Annual statistical returns and brief notes on vaccination in Bengal - 1909-1929
Year: 1909
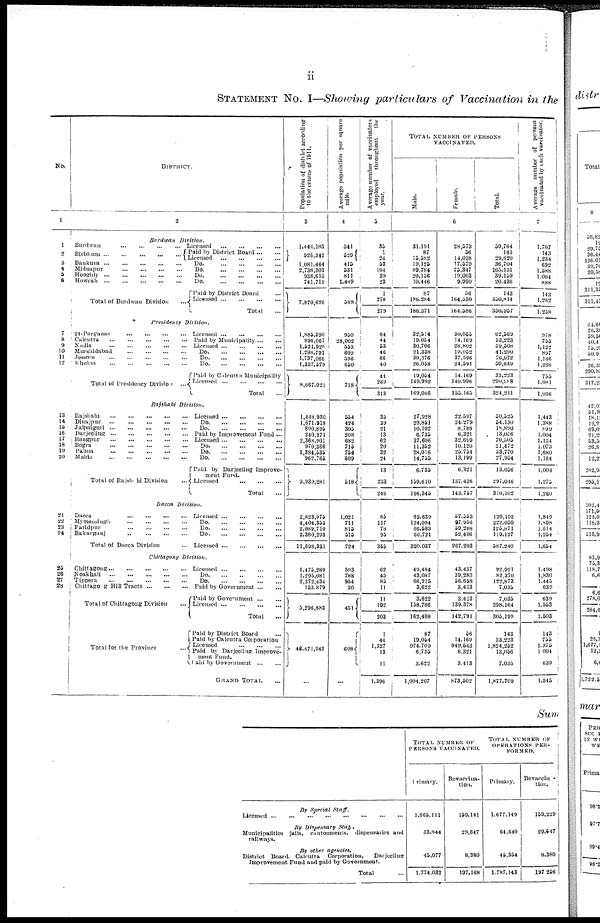
ii
STATEMENT No. I—Showing particulars of Vaccination in the
No.
1
1
2
3
4
5
6
7
8
9
10
11
12
13
14
15
16
17
18
19
20
21
22
23
24
25
26
27
28
DISTRICT.
2
Burdwan
Division.
Burdwan
...
...
...
...
Birbhum
...
...
...
...
...
Bankura
...
...
...
...
...
Midnapur
...
...
...
...
Hooghly
...
...
...
...
...
Howrah
...
...
...
...
...
Total of Burdwan Division
...
Licensed ... ... ... ...
Paid by District Board ... ...
Licensed
...
...
...
...
Do.
...
...
...
...
Do.
...
...
...
...
Do.
...
...
...
...
Do. ... ... ... ...
Paid by District Board ...
Licensed
...
...
...
...
Total ...
Presidency
Division.
24-Pargauas
...
...
...
...
Calcutta
...
...
...
...
...
Nadia
...
...
...
...
...
Murshidabad
...
...
...
...
Jessore
...
...
...
...
...
Khulna
...
...
...
...
...
Total of Presidency Division
...
Licensed
...
...
...
...
Paid by Municipality
...
...
Licensed
...
...
...
...
Do. ... ... ... ...
Do.
...
...
...
...
Do.
...
...
...
...
Paid by Calcutta Municipality
Licensed
...
...
...
...
Total ...
Rajshahi
Division.
Rajshahi
...
...
...
...
...
Dinajpur
...
...
...
...
...
Jalpaiguri
...
...
...
...
...
Darjeeling ... ... ... ... ...
Rangpur
...
...
...
...
...
Bogra ... ... ... ... ...
Pabna
...
...
...
...
...
Malda
...
...
...
...
...
Total of Rajshahi Division ...
Licensed
...
...
...
...
Do.
...
...
...
...
Do.
...
...
...
...
Paid by Improvement Fund ...
Licensed
...
...
...
...
Do.
...
...
...
...
Do.
...
...
...
...
Do.
...
...
...
...
Paid by Darjeeling Improve¬
ment Fund.
Licensed
...
...
...
Total ...
Dacca
Division.
Dacca
...
...
...
...
Mymensingh
...
...
...
...
Faridpur
...
...
...
...
Bakarganj
...
...
...
...
Total of Dacca Division ...
Licensed
...
...
...
...
Do.
...
...
...
...
Do.
...
...
...
...
Do.
...
...
...
...
Licensed
...
...
...
...
Chittagong
Division.
Chittagong
...
...
...
...
...
Noakhali
...
...
...
...
...
Tippera
...
...
...
...
...
Chittagong Hill Tracts
...
...
...
Total of Chittagong Division ...
Total for the Province
...
Licensed
...
...
...
...
Do.
...
...
...
...
Do.
...
...
...
...
Paid by Government
...
...
Paid by Government
...
...
Licensed
...
...
...
...
Total ...
Paid by District Board ...
Paid by Calcutta Corporation
Licensed
...
...
...
Paid by Darjeeling Improve-
ment Fund.
Paid by Government
...
...
GRAND TOTAL ...
Population of district according
to the census of 1911.
3
1,444,185
926,342
1,081,464
2,738,301
938,613
741,719
7,870,626
1,885,590
896,067
1,521,928
1,288,791
1,737,066
1,337,579
8,667,021
1,448,930
1,671,918
890,893
240,971
2,368,901
970,366
1,384,535
962,765
9,939,281
2,823,975
4,404,353
2,089,710
2,380,293
11,698,331
1,475,289
1,295,081
2,372,434
153,879
5,296,683
43,471,942
...
Average population per square
mile.
4
541
529
415
531
811
1,489
569
950
28,002
553
609
596
650
718
554
424
303
208
682
715
754
509
518
1,021
711
815
515
724
593
788
954
30
451
608
...
Average number of vaccinator
employed throughout the
year.
5
33
1
24
53
104
39
23
1
278
279
64
44
53
46
66
40
41
269
313
35
39
21
13
62
20
32
24
13
233
246
65
117
78
95
355
62
45
86
11
11
192
203
1
44
1,327
13
11
1,396
TOTAL NUMBER OF PERSONS
VACCINATED.
Male.
Female.
Total.
6
31,191
87
15,582
19,125
89,784
20,156
10,446
87
186,284
186,371
32,514
19,034
30,706
21,338
39,376
26,038
19,034
149,992
169,046
27,928
29,851
10,102
6,735
37,606
11,352
28,016
14,755
6,735
159,610
166,345
62,639
124,094
66,583
66,721
320,037
49,484
43,087
66,215
3,622
3,622
158,786
162,408
87
19,054
974,709
6,735
3,622
1,004,207
28,573
56
14,038
17,579
73,347
19,003
9,990
56
164,330
164,386
30,053
14,169
28,802
19,952
37,596
24,591
14,169
140,996
155,163
22,397
24,279
8,788
6,321
32,699
10,120
23,734
13,199
6,321
137,436
143,757
57,353
97,936
59,288
52,406
267,203
43,437
39,283
56,658
3,413
3,413
139,378
142,791
56
14,169
849,543
6,321
3,413
873,502
59,764
143
29,620
36,704
163,131
39,159
20,436
143
330,814
330,957
62,569
33,223
39,508
41,290
76,972
30,649
33,223
299,988
324,211
30,525
54,130
18,890
13,036
70,305
21,472
53,770
27,934
13,056
297,046
310,102
120,192
222,030
125,871
119,127
587,240
92,921
82,370
122,873
7,035
7,035
298,164
305,199
143
33,223
1,824,252
13,056
7,033
1,877,709
Average number of persons
vaccinated by each vaccinator.
7
1,707
143
1,234
692
1,388
1,004
888
143
1,262
1,258
978
755
1,122
897
1,166
1,266
735
1,081
1,036
1,443
1,388
899
1,004
1,134
1,073
1,680
1,164
1,004
1,273
l,260
1,849
1,898
1,614
1,254
1,654
1,498
1,830
1,443
639
639
1,553
1,503
143
755
1,375
1,004
639
1,345
Sum
By Special
Staff.
Licensed
...
...
...
...
...
...
...
...
By Dispensary
Staff.
Municipalities jails, contenments, dispensaries and
railways.
By other agencies
District Board. Calcutta Corporation,
Darjeeling
Improvement Fund and paid by Government.
Total ...
TOTAL NUMBER OF
PERSONS VACCINATED.
Primary.
1,663,111
83,844
45,077
1,774,032
Revaccina-
tion.
159,141
29,647
8,380
197,168
TOTAL NUMBER OF
OPERATIONS PER-
------.
Primary.
1,677,149
64,640
45,354
1,787,143
Revaccina¬
tion.
159,229
29,647
8,380
197,256